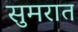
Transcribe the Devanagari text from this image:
सुमरात